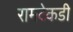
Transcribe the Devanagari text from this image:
रामटेकडी